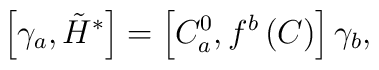
\left[ \gamma _a,\tilde H^{*}\right] =\left[ C_a^0,f^b\left(C\right) \right] \gamma _b,